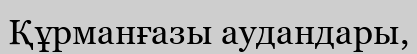
Құрманғазы аудандары,